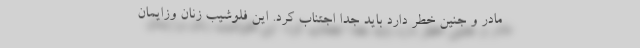
مادر و جنین خطر دارد باید جدا اجتناب کرد. این فلوشیب زنان وزایمان